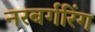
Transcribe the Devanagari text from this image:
नरबर्गरिंग